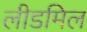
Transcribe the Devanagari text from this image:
लीडमिल